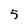
Character: 5